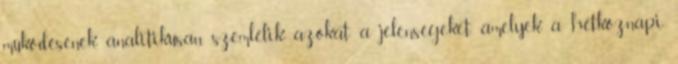
működésének, analitikusan szemlélik azokat a jelenségeket, amelyek a hétköznapi